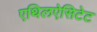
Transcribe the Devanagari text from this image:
एथिलऐसिटेट